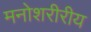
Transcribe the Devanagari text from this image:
मनोशरीरीय